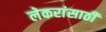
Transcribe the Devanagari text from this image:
लेकरांसाठी